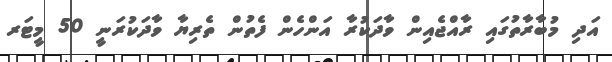
އަދި މުބާރާތުގައި ރާއްޖެއިން ވާދަކުރާ އަންހެން ފެތުން ތެރިޔާ ވާދަކުރަނީ 50 މީޓަރ